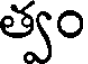
త్వం